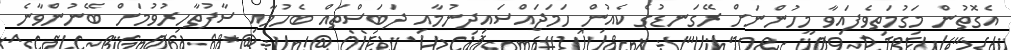
އެގޮތުން މަގުމަތިވެފައިވާ މީހުންނަށް ރޭގަނޑުގެ ކެއުން ހަމަޖައްސައިދިނުމާއި ދަބަސްތައް ބެހުމާއި ސާފުތާހިރުވުމަށް ބޭނުންވާނެ